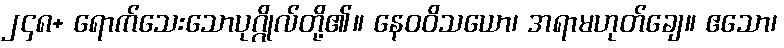
၂၄၈+ ရောက်သေးသောပုဂ္ဂိုလ်တို့၏။ နေဝဝိသယော၊ အရာမဟုတ်ချေ။ ဧသော၊